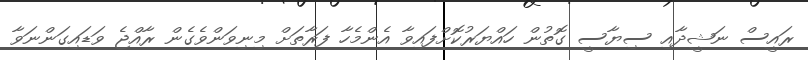
ރައީސް ނަޝީދާއި ސިޔާސީ ގޮތުން ހައްޔަރުކޮށްފައިވާ އެންމެހާ ފަރާތަށް މިނިވަންވެގެން ރާއްޖެ ވަޑައިގަންނަވާ